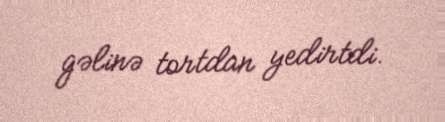
gəlinə tortdan yedirtdi.